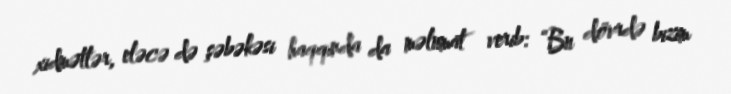
xidmətlər, eləcə də şəbəkəsi haqqında da məlumat verib: “Bu dövrdə bizim